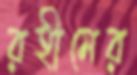
রহীমের